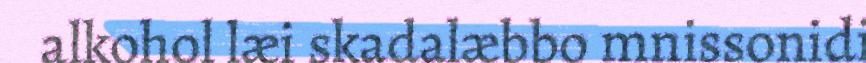
alkohol læi skadalæbbo mnissonidi